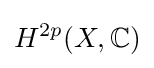
H^{2p}(X,\mathbb {C} )